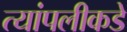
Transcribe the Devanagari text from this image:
त्यांपलीकडे